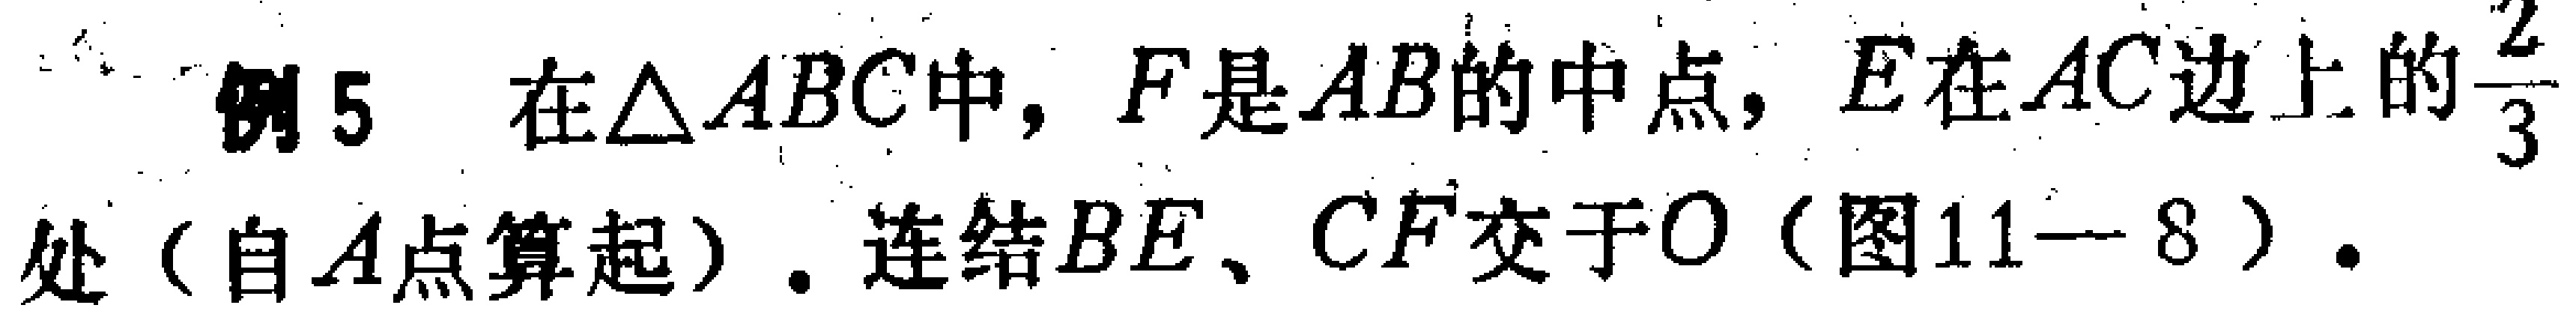
例5 在$\triangle ABC$中，$F$是$AB$的中点，$E$在$AC$边上的$\frac{2}{3}$处（自$A$点算起）. 连结$BE$、$CF$交于$O$（图11—8）.